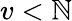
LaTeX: v<\mathbb{N}